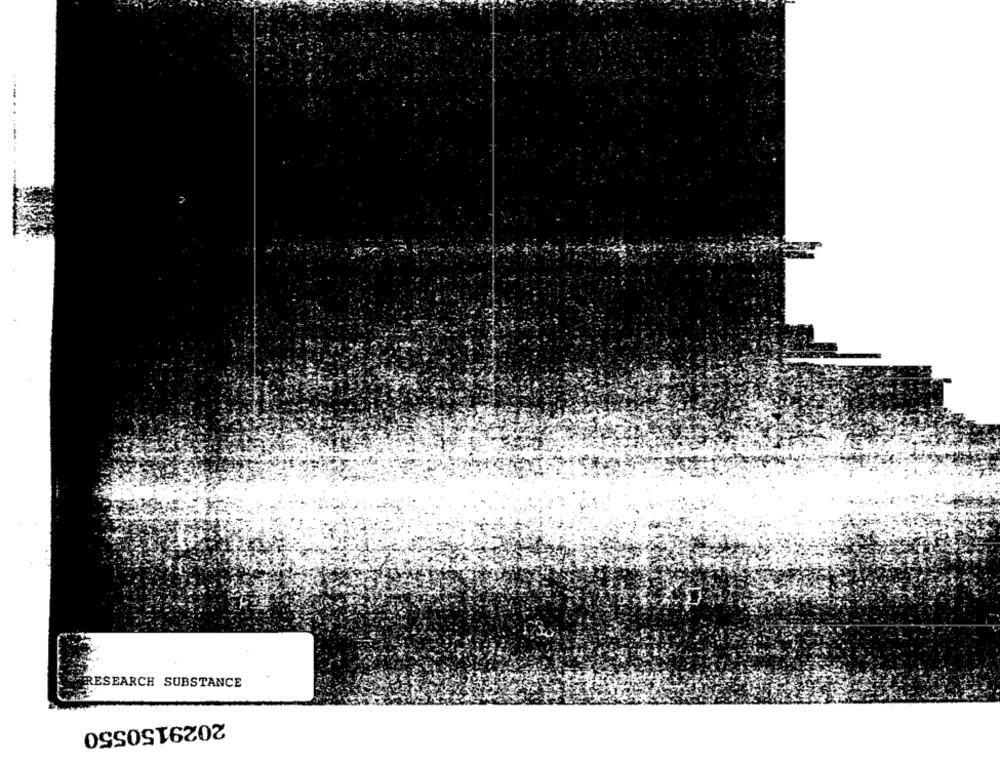
--
RESEARCH SUBSTANCE
2029150550